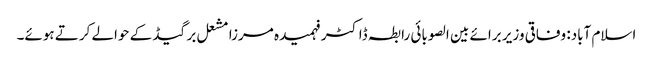
اسلام آباد: وفاقی وزیر برائے بین الصوبائی رابطہ ڈاکٹر فہمیدہ مرزا مشعل برگیڈ کے حوالے کرتے ہوئے۔